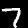
Label: 7